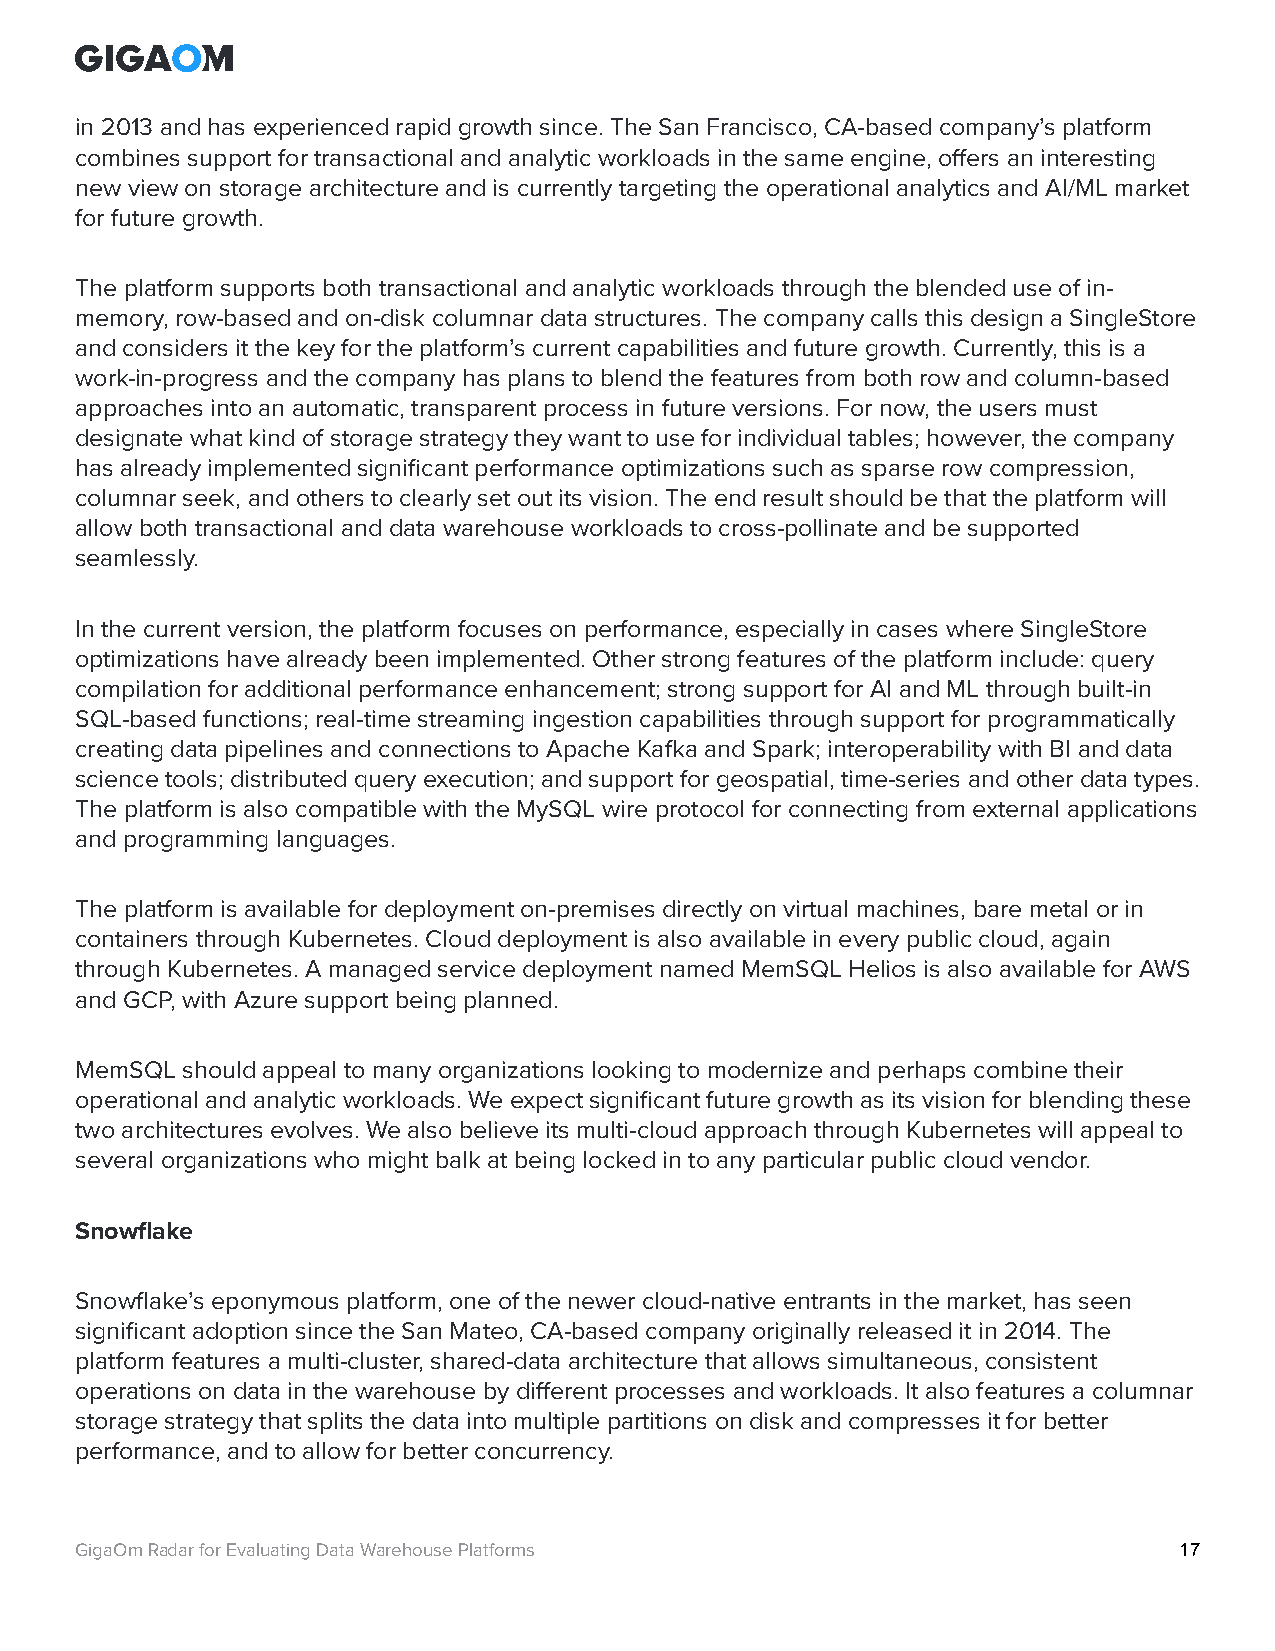
in 2013 and has experienced rapid growth since. The San Francisco, CA-based company’s platform
 combines support for transactional and analytic workloads in the same engine, offers an interesting
 new view on storage architecture and is currently targeting the operational analytics and AI/ML market
 for future growth.
 The platform supports both transactional and analytic workloads through the blended use of in-
 memory, row-based and on-disk columnar data structures. The company calls this design a SingleStore
 and considers it the key for the platform’s current capabilities and future growth. Currently, this is a
 work-in-progress and the company has plans to blend the features from both row and column-based
 approaches into an automatic, transparent process in future versions. For now, the users must
 designate what kind of storage strategy they want to use for individual tables; however, the company
 has already implemented significant performance optimizations such as sparse row compression,
 columnar seek, and others to clearly set out its vision. The end result should be that the platform will
 allow both transactional and data warehouse workloads to cross-pollinate and be supported
 seamlessly.
 In the current version, the platform focuses on performance, especially in cases where SingleStore
 optimizations have already been implemented. Other strong features of the platform include: query
 compilation for additional performance enhancement; strong support for AI and ML through built-in
 SQL-based functions; real-time streaming ingestion capabilities through support for programmatically
 creating data pipelines and connections to Apache Kafka and Spark; interoperability with BI and data
 science tools; distributed query execution; and support for geospatial, time-series and other data types.
 The platform is also compatible with the MySQL wire protocol for connecting from external applications
 and programming languages.
 The platform is available for deployment on-premises directly on virtual machines, bare metal or in
 containers through Kubernetes. Cloud deployment is also available in every public cloud, again
 through Kubernetes. A managed service deployment named MemSQL Helios is also available for AWS
 and GCP, with Azure support being planned.
 MemSQL should appeal to many organizations looking to modernize and perhaps combine their
 operational and analytic workloads. We expect significant future growth as its vision for blending these
 two architectures evolves. We also believe its multi-cloud approach through Kubernetes will appeal to
 several organizations who might balk at being locked in to any particular public cloud vendor.
 Snowflake
 Snowflake’s eponymous platform, one of the newer cloud-native entrants in the market, has seen
 significant adoption since the San Mateo, CA-based company originally released it in 2014. The
 platform features a multi-cluster, shared-data architecture that allows simultaneous, consistent
 operations on data in the warehouse by different processes and workloads. It also features a columnar
 storage strategy that splits the data into multiple partitions on disk and compresses it for better
 performance, and to allow for better concurrency.
 GigaOm Radar for Evaluating Data Warehouse Platforms                     17